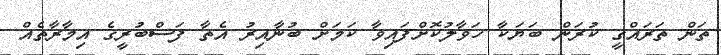
ތަން ތަރައްގީ ކުރަން ބަޔަކާ ހަވާލުކޮށްފައިވާ ކަމަށް ބުނާއިރު އެތާ ފަސްބުރީގެ އިމާރާތެއް